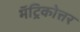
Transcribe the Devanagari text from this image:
मॅट्रिकोत्तर